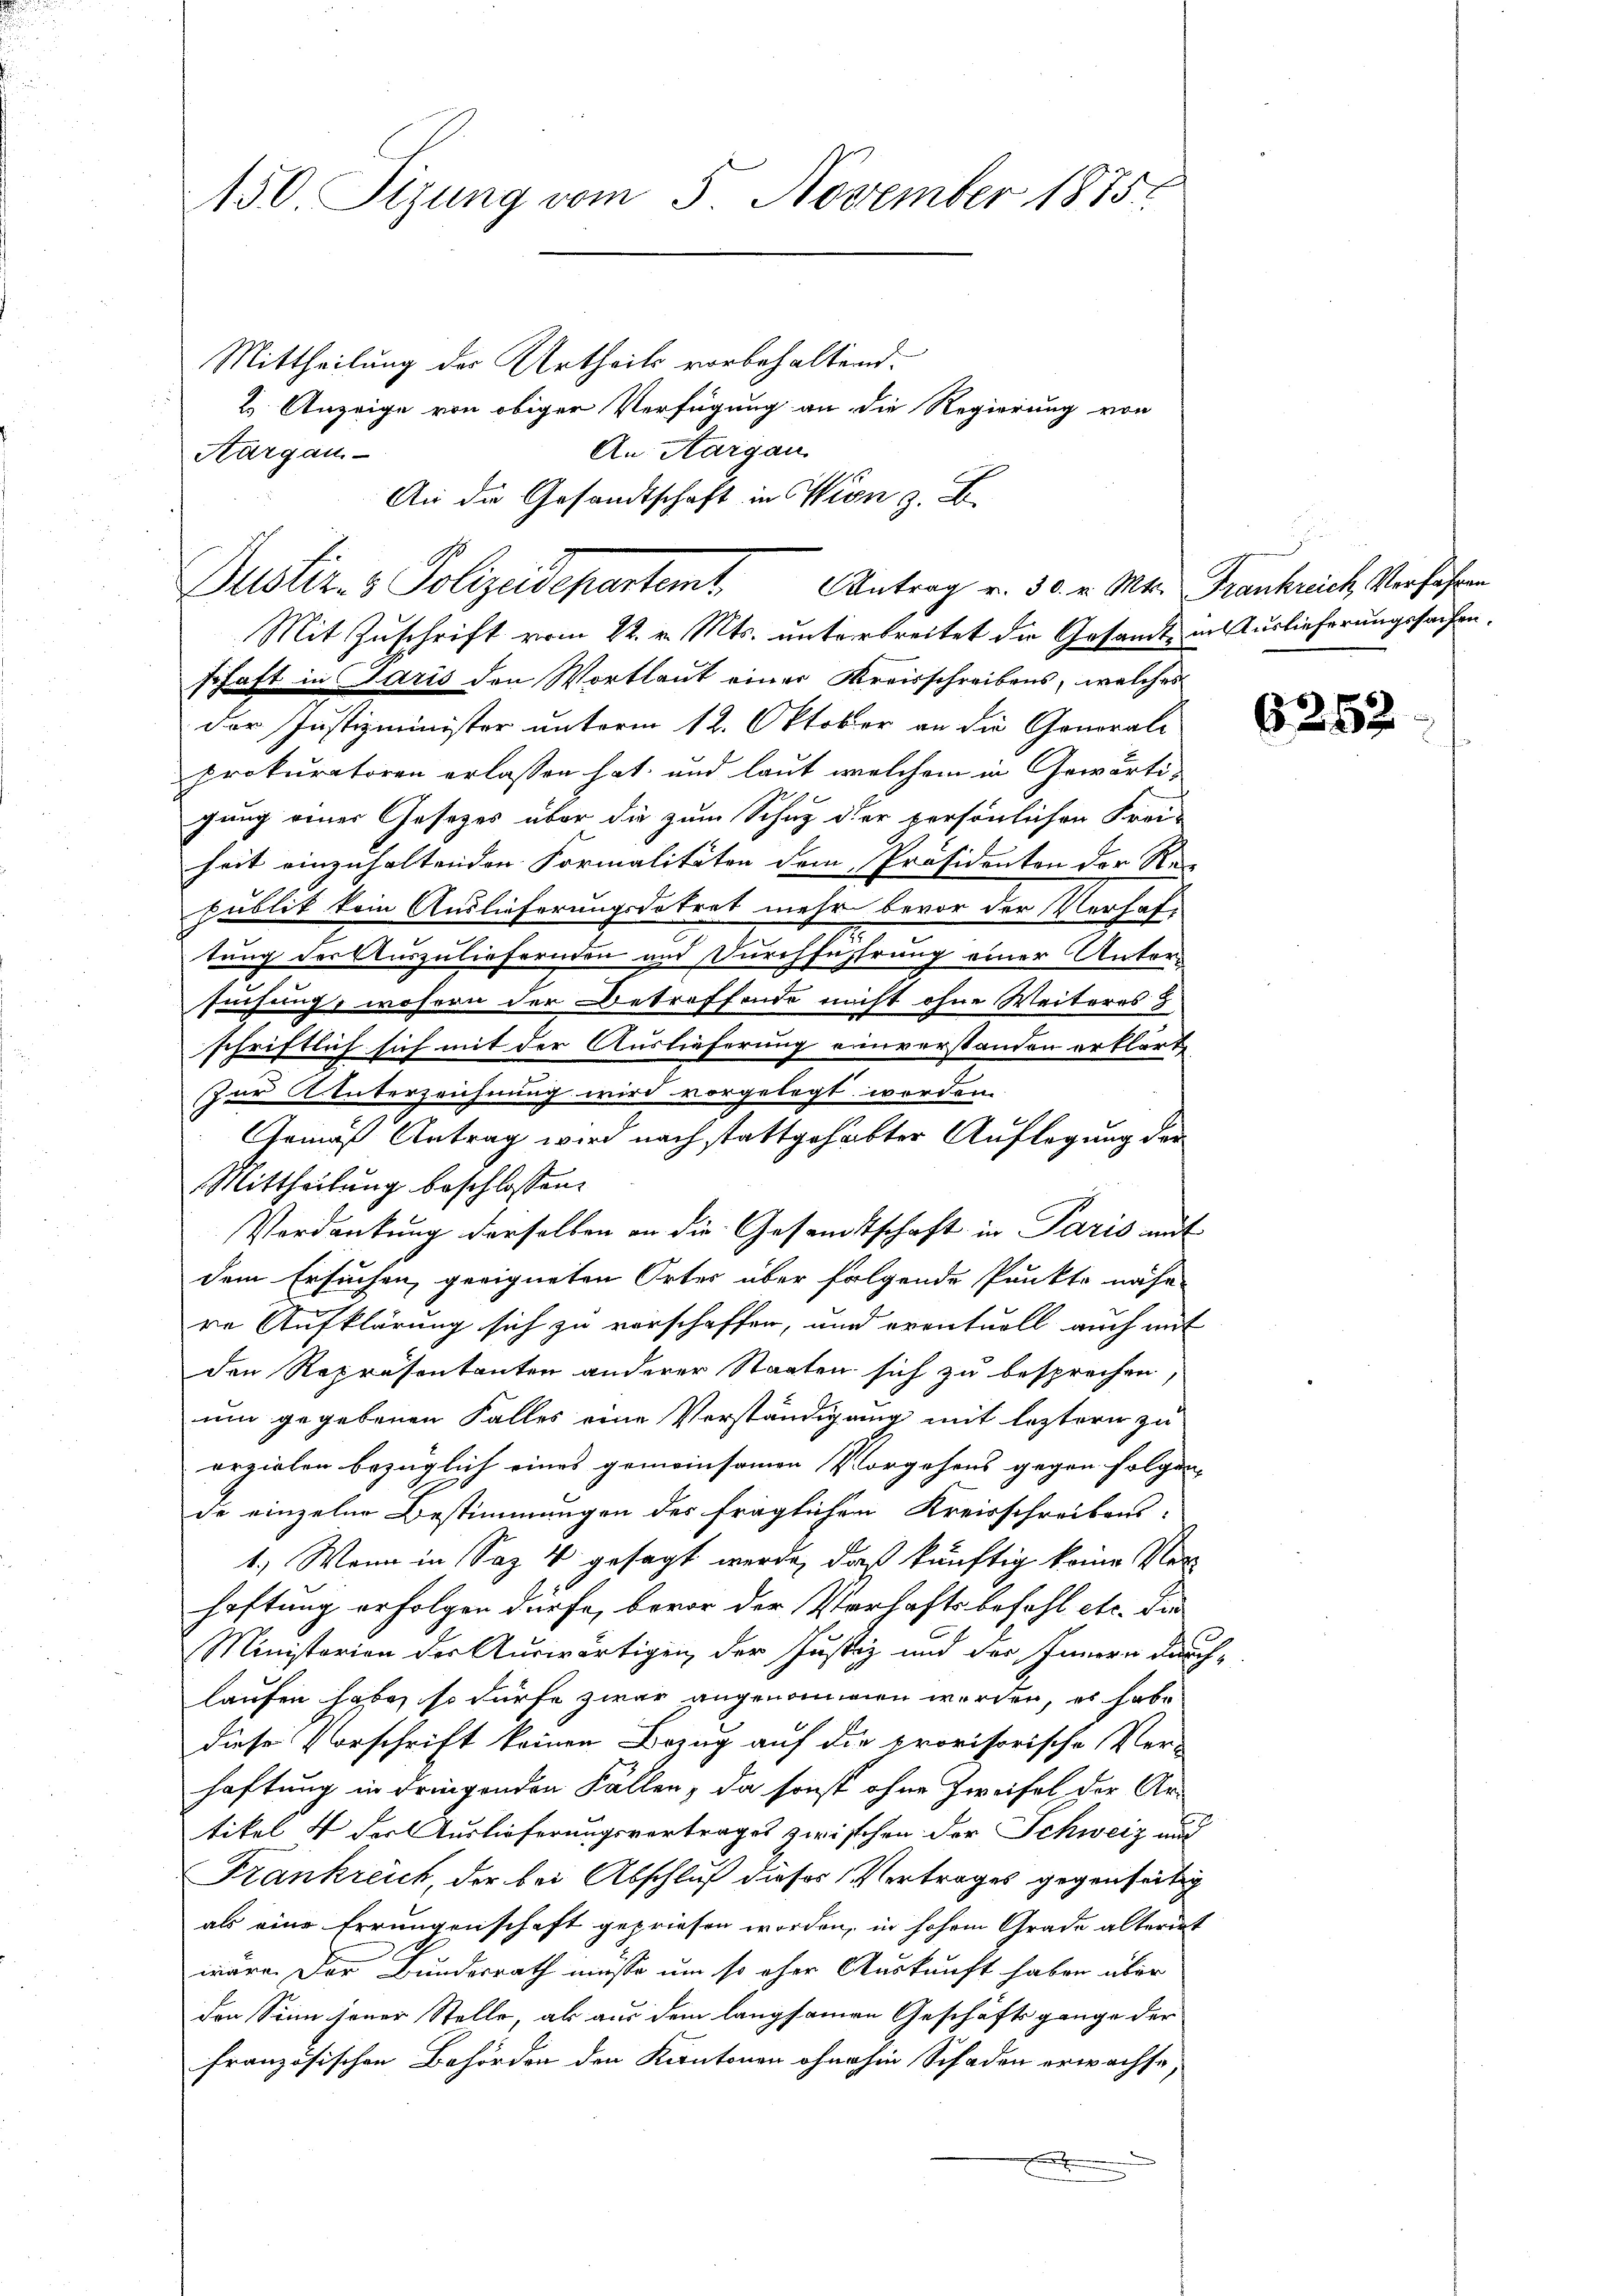
150 Sizung vom 5. November 1875.
Mittheilung des Urtheils vorbehaltend.

An die Gesandtschaft in Wien z. B.
Justiz- & Polizeidepartamt Antrag v. 30. v. Mts. Frankreich Verfahren

2 Anzeige von obiger Verfügung an die Regierung von
An Aargau
Aargau
Mit Zuschrift vom 22. v. Mts. unterbreitet die Gesandt in Auslieferungssachen.
schaft in Paris den Wortlaut einer Kreisschreibens, welches
der Justizminister unterm 12. Oktober an die General-
prokuratoren erlassen hat, und laut welchem in Gewärtigung einer Gesetzes über die zum Schuz der persönlichen Frei-
heit einzuhaltenden Formalitäten dem Präsidenten der Rei-
publik kein Auslieferungsdekret mehr bevor der Verhaf-
tung der Auszuliefernden und Durchführung einer Untersuchung, wohern der Betreffende nicht ohne Weiteres
schriftlich sich mit der Auslieferung einverstanden erklärte
Zur Unterzeichnung wird vorgelegt werden.
Gemäß Antrag wird nach stattgehabter Auflegung der
Mittheilung beschlossen:
Verdankung derselben an die Gesandtschaft in Paris mit
dem Ersuchen geeigneten Ortes über folgende Punkte nähe
re Aufklärung sich zu verschaffen, und eventuell auch mit
den Repräsentanten anderer Staaten sich zu besprechen,
um gegebenen Falles eine Verständigung mit leztern zu
erzielen bezüglich eines gemeinsamen Vorgehens gegen folgen
de einzelne Bestimmungen des fraglichen Kreisschreibens-
1.) Wenn in Saz 4 gesagt werde, daß künftig keine Verhaftung erfolgen dürfe, bevor der Verhaftsbefehl etc. die
Ministerien der Auswärtigen der Justiz und der Innern durchlaufen habe, so dürfe zwar angenommen werden, es habe
diese Vorschrift keinen Bezug auf die provisorische Ver-
haftung in dringenden Fällen, da sonst ohne Zweifel der Artikel 4 der Auslieferungsvertrages zwischen der Schweiz auf
Frankreich, der bei Abschluß dieses Vertrages gegenseitig
als eine Errungenschaft gepriesen worden, in hohem Grade alteriet
wäre. Der Bundesrath müsse um so ohne Auskunft haben über
den Sinn jener Stelle, als aus dem langsamen Geschäftsgange der
französischen Behörden den Kantonen ohnehin Schaden erwachse,
.

6252.